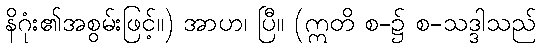
နိဂုံး၏အစွမ်းဖြင့်။) အာဟ၊ ပြီ။ (ဣတိ စ-၌ စ-သဒ္ဒါသည်